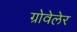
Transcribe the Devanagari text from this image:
ग्रोवेलेर